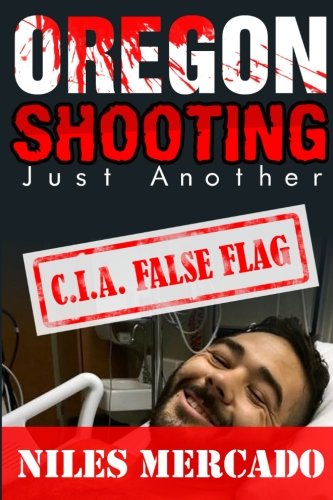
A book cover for Oregon Shooting Just Another C.I.A. False Flag: The True Story of a New World Order Shooting Hoax Conspiracy and Cover-Up; Niles Mercado; Biographies & Memoirs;